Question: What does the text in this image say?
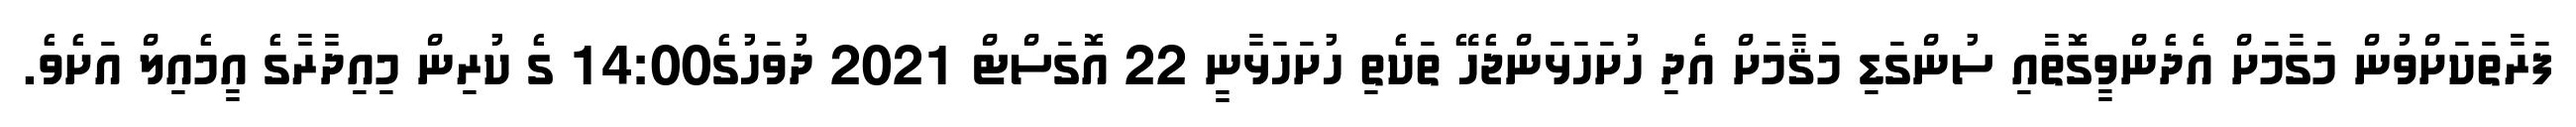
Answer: ފަރާތަކަށްވުން މަގާމަށް އެދެންވީގޮތާއި ސުންގަޑި މަޤާމަށް އެދި ހުށަހަޅަންޖެހޭ ތަކެތި ހުށަހަޅާނީ 22 އޮގަސްޓް 2021 ދުވަހުގެ14:00 ގެ ކުރިން މިއިދާރާގެ އީމެއިލް އަށެވެ.